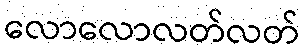
လောလောလတ်လတ်